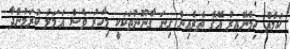
ކަމެއް ހިމެނޭއިރު އޭގެ ތެރެއިން ގިނަ ގާނޫނުތަކަކީ މިހާރު ވެސް އަމަލު ކުރަމުންދާ